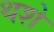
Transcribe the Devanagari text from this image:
थशे